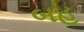
બહૂ